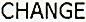
CHANGE